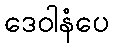
ဒေဝါနံပေ